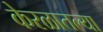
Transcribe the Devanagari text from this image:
केरळातल्या